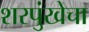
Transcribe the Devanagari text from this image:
शरपुंखेचा